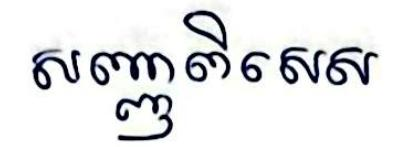
សញ្ញាពិសេស